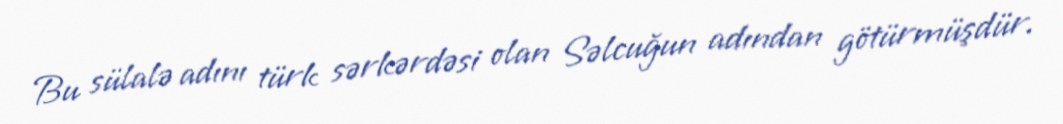
Bu sülalə adını türk sərkərdəsi olan Səlcuğun adından götürmüşdür.